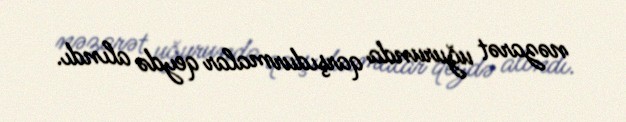
nəzarət uğurunda qarşıdurmalar qeydə alındı.